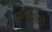
વાતાવરણ